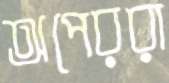
অপেররা